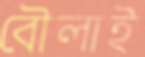
বৌলাই